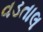
વડતાલ